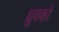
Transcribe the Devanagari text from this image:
ध्रुवको